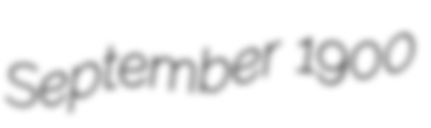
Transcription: September 1900